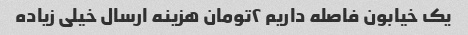
یک خیابون فاصله داریم ٢تومان هزینه ارسال خیلی زیاده